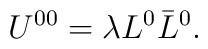
U^{00} = \lambda L^0 \bar{L}^0.